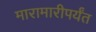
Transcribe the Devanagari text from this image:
मारामारीपर्यंत